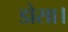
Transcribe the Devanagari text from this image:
डोसा।